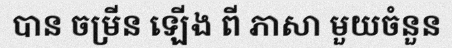
បាន ចម្រីន ឡើង ពី ភាសា មួយចំនួន